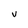
Character: V